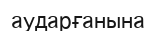
аударғанына